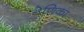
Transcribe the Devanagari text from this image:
वेणिका